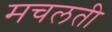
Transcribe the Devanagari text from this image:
मचलती